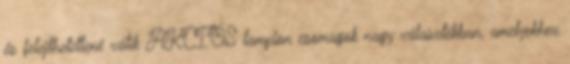
és felejthetetlené válik AKCIÓS lampion csomagok nagy választékban, amelyekhez